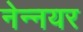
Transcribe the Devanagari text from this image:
नेन्नयर